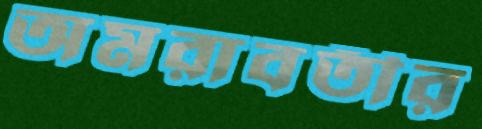
অমরাবতীর